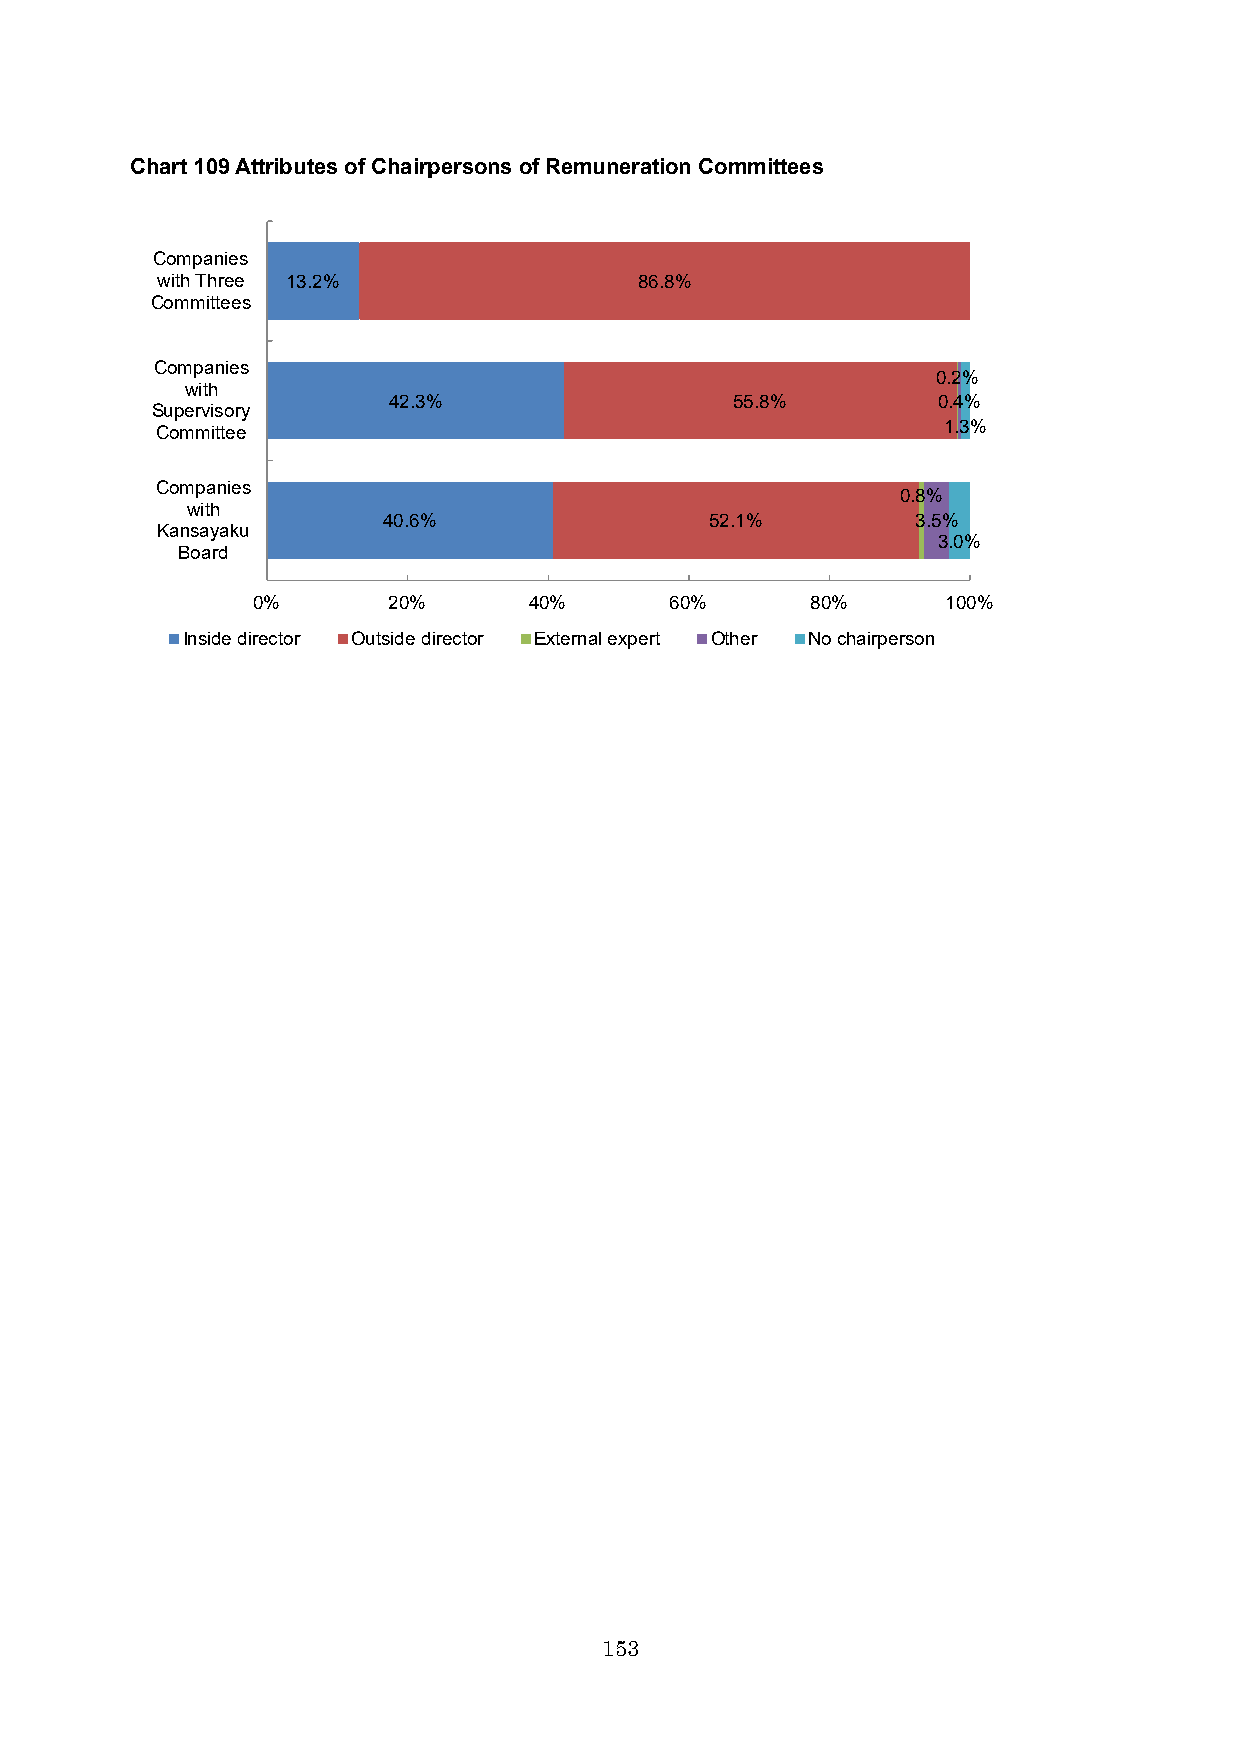
Chart 109Attributes of Chairpersons of Remuneration Committees
 Companies
 with Three 13.2%                86.8%
 Committees
 Companies
 0.2%
 with
 42.3%                  55.8%        0.4%
 Supervisory
 1.3%
 Committee
 Companies
 0.8%
 with
 40.6%                 52.1%         3.5%
 Kansayaku
 3.0%
 Board
 0%       20%      40%      60%       80%      100%
 Inside director Outside director External expert Other No chairperson
 153